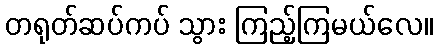
တရုတ်ဆပ်ကပ် သွား ကြည့်ကြမယ်လေ။